Vaccination North-Western Provinces and Oudh 1896-1901 - 1896-1901
Year: 1896
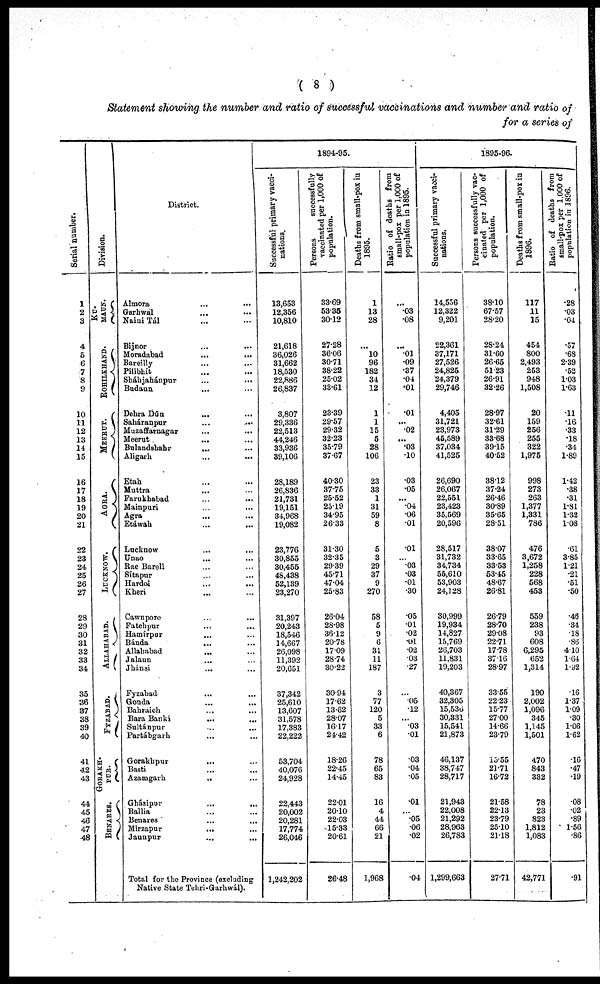
( 8 )
Statement showing the number and ratio of successful vaccinations and number and ratio of
for a series of
Serial number.
1
2
3
4
5
6
7
8
9
10
11
12
13
14
15
16
17
18
19
20
21
22
23
24
25
26
27
28
29
30
31
32
33
34
35
36
37
38
39
40
41
42
43
44
45
46
47
48
Division.
MAUN.
ROHILKHAND.
MEERUT.
AGRA.
LUCKNOW.
Allahabad.
FYZABAD.
GORAKH-
PUR.
BENARES.
District.
Almora ... ...
Garhwal ... ...
Naini Tál ... ...
Bijnor ... ...
Moradabad ... ...
Bareilly ... ...
Pilibhít ... ...
Sháhjahánpur ... ...
Budaun ... ...
Debra Dún
...
...
Saháranpur
...
...
Muzaffarnagar ... ...
Meerut ... ...
Bulandshahr
...
...
Aligarh
...
...
Etah ... ...
Muttra ... ...
Farukhabad
...
...
Mainpuri ... ...
Agra ... ...
Etáwah ... ...
Lucknow ... ...
Unao ... ...
Rae Bareli ... ...
Sítapur ... ...
Hardoi ... ...
Kheri ... ...
Cawnpore ... ...
Fatehpur ... ...
Hamírpur ... ...
Bánda ... ...
Allahabad ... ...
Jalaun ... ...
Jhánsi ... ...
Fyzabad ... ...
Gonda
...
...
Bahraich ... ...
Bara Banki ... ...
Sultánpur ... ...
Partábgarh ... ...
Gorakhpur ... ...
Basti ... ...
Azamgarh
...
...
Gházipur
...
...
Ballia ... ...
Benares ... ...
Mirzapur
...
...
Jaunpur ... ...
Total for the Province (excluding
Native State Tehri-Garhwál).
1894-95.
Successful primary vacci-
nations.
13,653
12,356
10,810
21,618
36,026
31,662
18,530
22,886
26,837
3,807
29,336
22,513
44,246
33,936
39,106
28,189
26,836
21,731
19,151
34,968
19,082
23,776
30,855
30,455
48,438
52,139
23,270
31,397
20,243
18,546
14,667
26,098
11,392
20,651
37,342
25,610
13,607
31,578
17,383
22,222
53,704
40,076
24,928
22,443
20,002
20,281
17,774
26,046
1,242,202
Persons
successfully
vaccinated per 1,000 of
population.
33.69
53.35
30.12
27.28
36.06
30.71
38.22
25.02
33.61
23.39
29.57
29.32
32.23
35.79
37.67
40.30
37.75
25.52
25.19
34.95
26.33
31.30
32.35
29.39
45.71
47.04
25.83
26.04
28.98
3612
20.78
17.09
28.74
30.22
30.94
17.62
13.62
28.07
16.17
24.42
18.26
22.45
14.45
22.01
20.10
22.03
15.33
20.61
26.48
Deaths from small-pox in
1895.
1
13
28
...
10
96
182
34
12
1
1
15
5
28
106
23
33
1
31
59
8
5
3
29
37
9
270
58
5
9
6
31
11
187
3
77
120
5
33
6
78
65
83
16
4
44
66
21
1,968
Ratio of. deaths from
small-pox per 1,000 of
population in 1895.
...
.03
.08
...
.01
.09
.37
.04
.01
.01
...
.02
...
.03
.10
.03
.05
...
.04
.06
.01
.01
...
.03
.03
.01
.30
.05
.01
.02
.01
.02
.03
.27
.05
.12
...
.03
.01
.03
.04
05
.01
...
.05
.06
.02
.04
1895-96.
Successful primary vacci-
nations.
14,556
12,322
9,201
22,361
37,171
27,526
24,825
24,379
29,746
4,405
31,721
23,973
45,589
37,034
41,525
26,690
26,067
22,551
23,423
35,569
20,596
28,517
31,732
34,734
55,610
53,903
24,128
30,999
19,934
14,827
15,769
26,703
11,831
19,203
40,367
32,305
15,536
30,331
15,541
21,873
46,137
38,747
28,717
21,943
22,008
21,292
28,963
26,783
1,299,663
Persons successfully vac-
cinated per 1,000 of
population.
38.10
67.57
28.20
28.24
31.60
26.65
51.23
26.91
32.26
28.97
32.61
31.29
33.68
39.15
40.52
38.12
37.24
26.46
30.89
35.65
28.51
38.07
33.65
33.53
53.45
48.67
26.81
26.79
28.70
29.08
22.71
17.78
37.16
28.97
33.55
22.23
15.77
27.00
14.66
23.79
15.55
21.71
16.72
21.58
22.13
23.79
25.10
21.18
27.71
Deaths from small-pox in
1896.
117
11
15
454
800
2,493
253
948
1,508
20
159
256
255
322
1,975
998
273
263
1,377
1,331
786
476
3,672
1,258
228
568
453
559
238
93
608
6,295
652
1,314
190
2,002
1,096
345
1,145
1,501
470
843
332
78
23
823
1,812
1,083
42,771
Ratio of deaths from
small-pox per 1,000 of
population in 1896.
.28
.03
.04
.57
.68
2.39
.52
1.03
1.63
.11
.16
.33
.18
.34
1.89
1.42
.38
.31
1.81
1.32
1.08
.61
3.85
1.21
.21
.51
.50
.46
.34
.18
.86
410
1.64
1.92
.16
1.37
1.09
.30
1.06
1.62
.16
.47
.19
.08
.02
.89
1.56
.86
.91